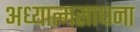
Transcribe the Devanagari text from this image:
अध्यात्मसाधना